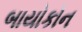
બાયોકોન